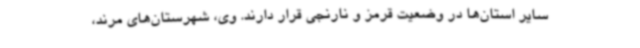
سایر استان‌ها در وضعیت قرمز و نارنجی قرار دارند. وی، شهرستان‌های مرند،